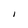
Character: I